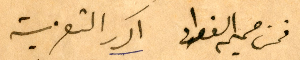
فمن صميم الفواءد اكرر التعزية